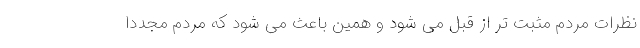
نظرات مردم مثبت تر از قبل می شود و همین باعث می شود که مردم مجددا